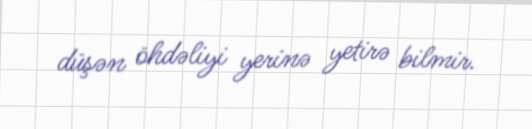
düşən öhdəliyi yerinə yetirə bilmir.